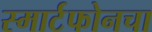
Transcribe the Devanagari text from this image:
स्मार्टफोनचा